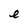
Character: e